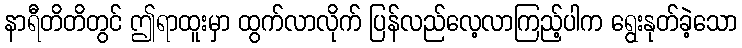
နာရီတိတိတွင် ဤရာထူးမှာ ထွက်လာလိုက် ပြန်လည်လေ့လာကြည့်ပါက ရွေးနုတ်ခဲ့သော